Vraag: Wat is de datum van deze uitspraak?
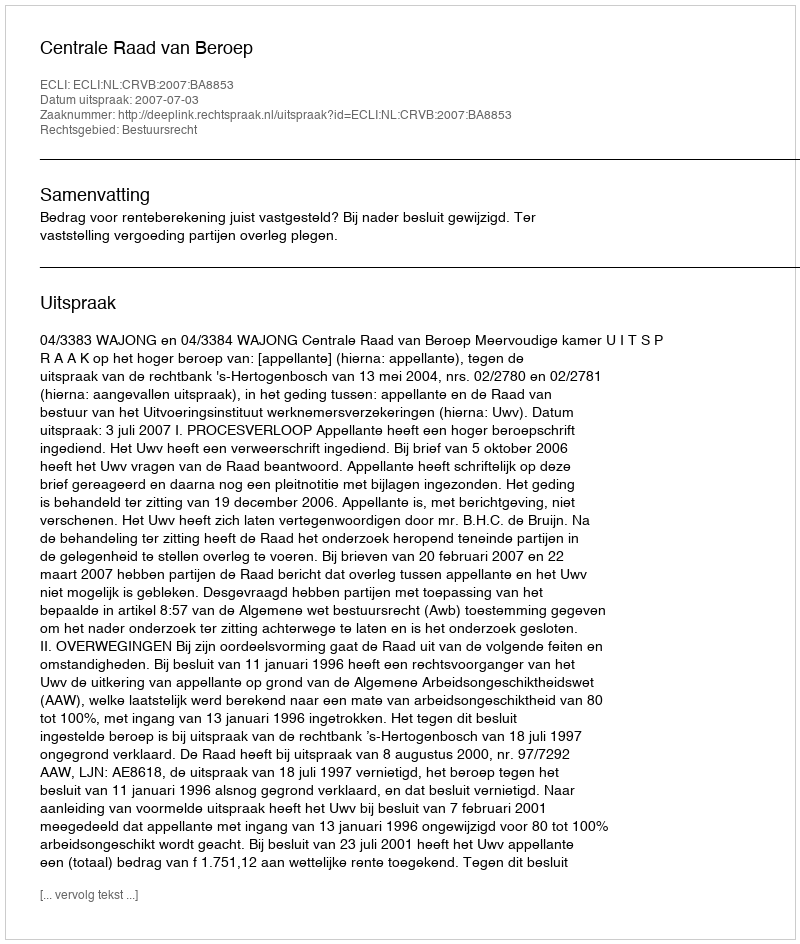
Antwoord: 2007-07-03